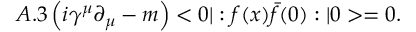
A . 3 \left( i \gamma ^ { \mu } \partial _ { \mu } - m \right) < 0 | : f ( x ) \bar { f } ( 0 ) : | 0 > = 0 .